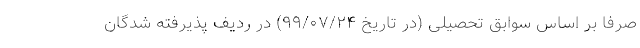
صرفاً بر اساس سوابق تحصیلی (در تاریخ ۹۹/۰۷/۲۴) در ردیف پذیرفته شدگان